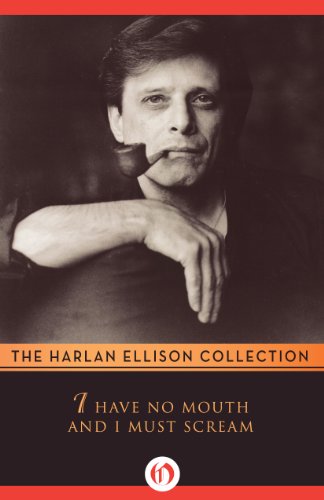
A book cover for I Have No Mouth and I Must Scream; Harlan Ellison; Science Fiction & Fantasy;